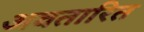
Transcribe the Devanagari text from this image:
अवतारित